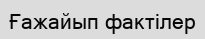
Ғажайып фактілер